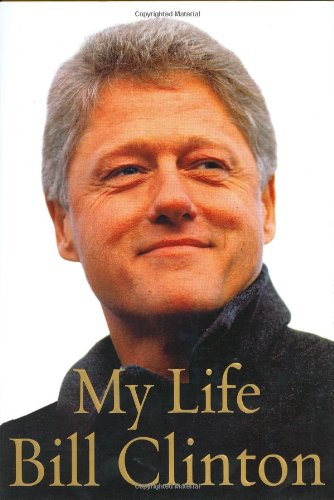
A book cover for My Life; Bill Clinton; Biographies & Memoirs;